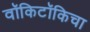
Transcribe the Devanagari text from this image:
वॉकिटॉकिचा